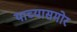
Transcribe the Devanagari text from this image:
याच्यासमोर